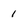
Character: 1